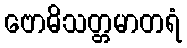
ဗောဓိသတ္တမာတရံ